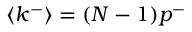
\langle k ^ { - } \rangle = ( N - 1 ) p ^ { - }